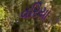
વરિયા